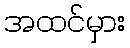
အထင်မှား